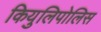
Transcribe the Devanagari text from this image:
कियुलिपोलिस